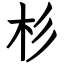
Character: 杉